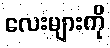
လေးများကို